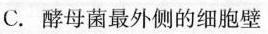
C.酵母菌最外侧的细胞壁